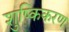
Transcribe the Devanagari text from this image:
शुष्किकरण